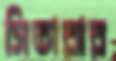
সিতারার